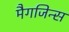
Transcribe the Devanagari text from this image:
मैगजिन्स